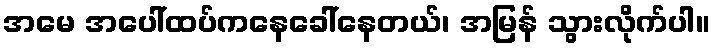
အမေ အပေါ်ထပ်ကနေခေါ်နေတယ်၊ အမြန် သွားလိုက်ပါ။